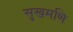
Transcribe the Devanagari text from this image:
सुखमणि